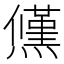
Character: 𭶠